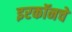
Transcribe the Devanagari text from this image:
इरकॉनचे